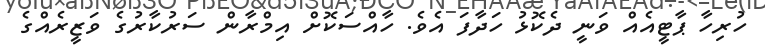
ހުރިހާ ޕާޓީއެއް ވަނީ ދެކޮޅު ހަދާފަ އެވެ. ހާއްސަކޮށް އިމްރާން ސަރުކާރުގެ ވަޒީރެއްގެ